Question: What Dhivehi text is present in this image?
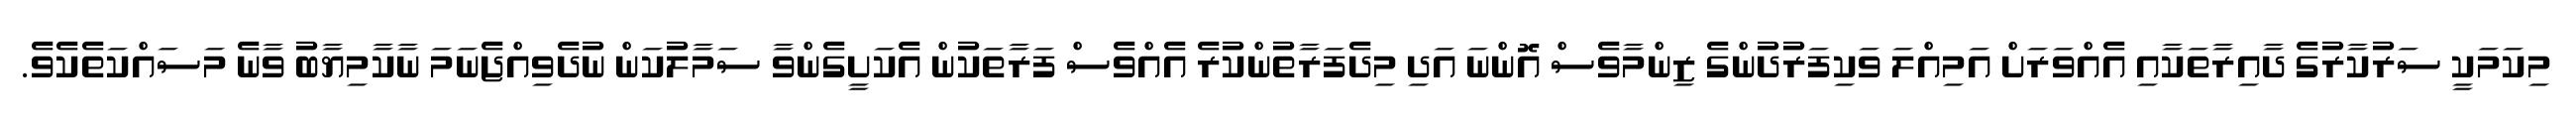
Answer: މިކަމަކީ ސަރުކާރުގެ ދާއިރާތަކާއި އެއްވަރަށް އަމިއްލަ ވަކިފަރުދުންގެ ޒިންމާވެސް އޮންނަ އަދި މިދެފަރާތުންކުރެ އެއްވެސް ފަރާތަކުން އެކަށީގެންވާ ސަމާލުކަން ނުދެވިއްޖެނަމަ ނާކާމިޔާބު ވާނެ މަސައްކަތެކެވެ.